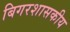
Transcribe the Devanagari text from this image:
बिगरशासकीय